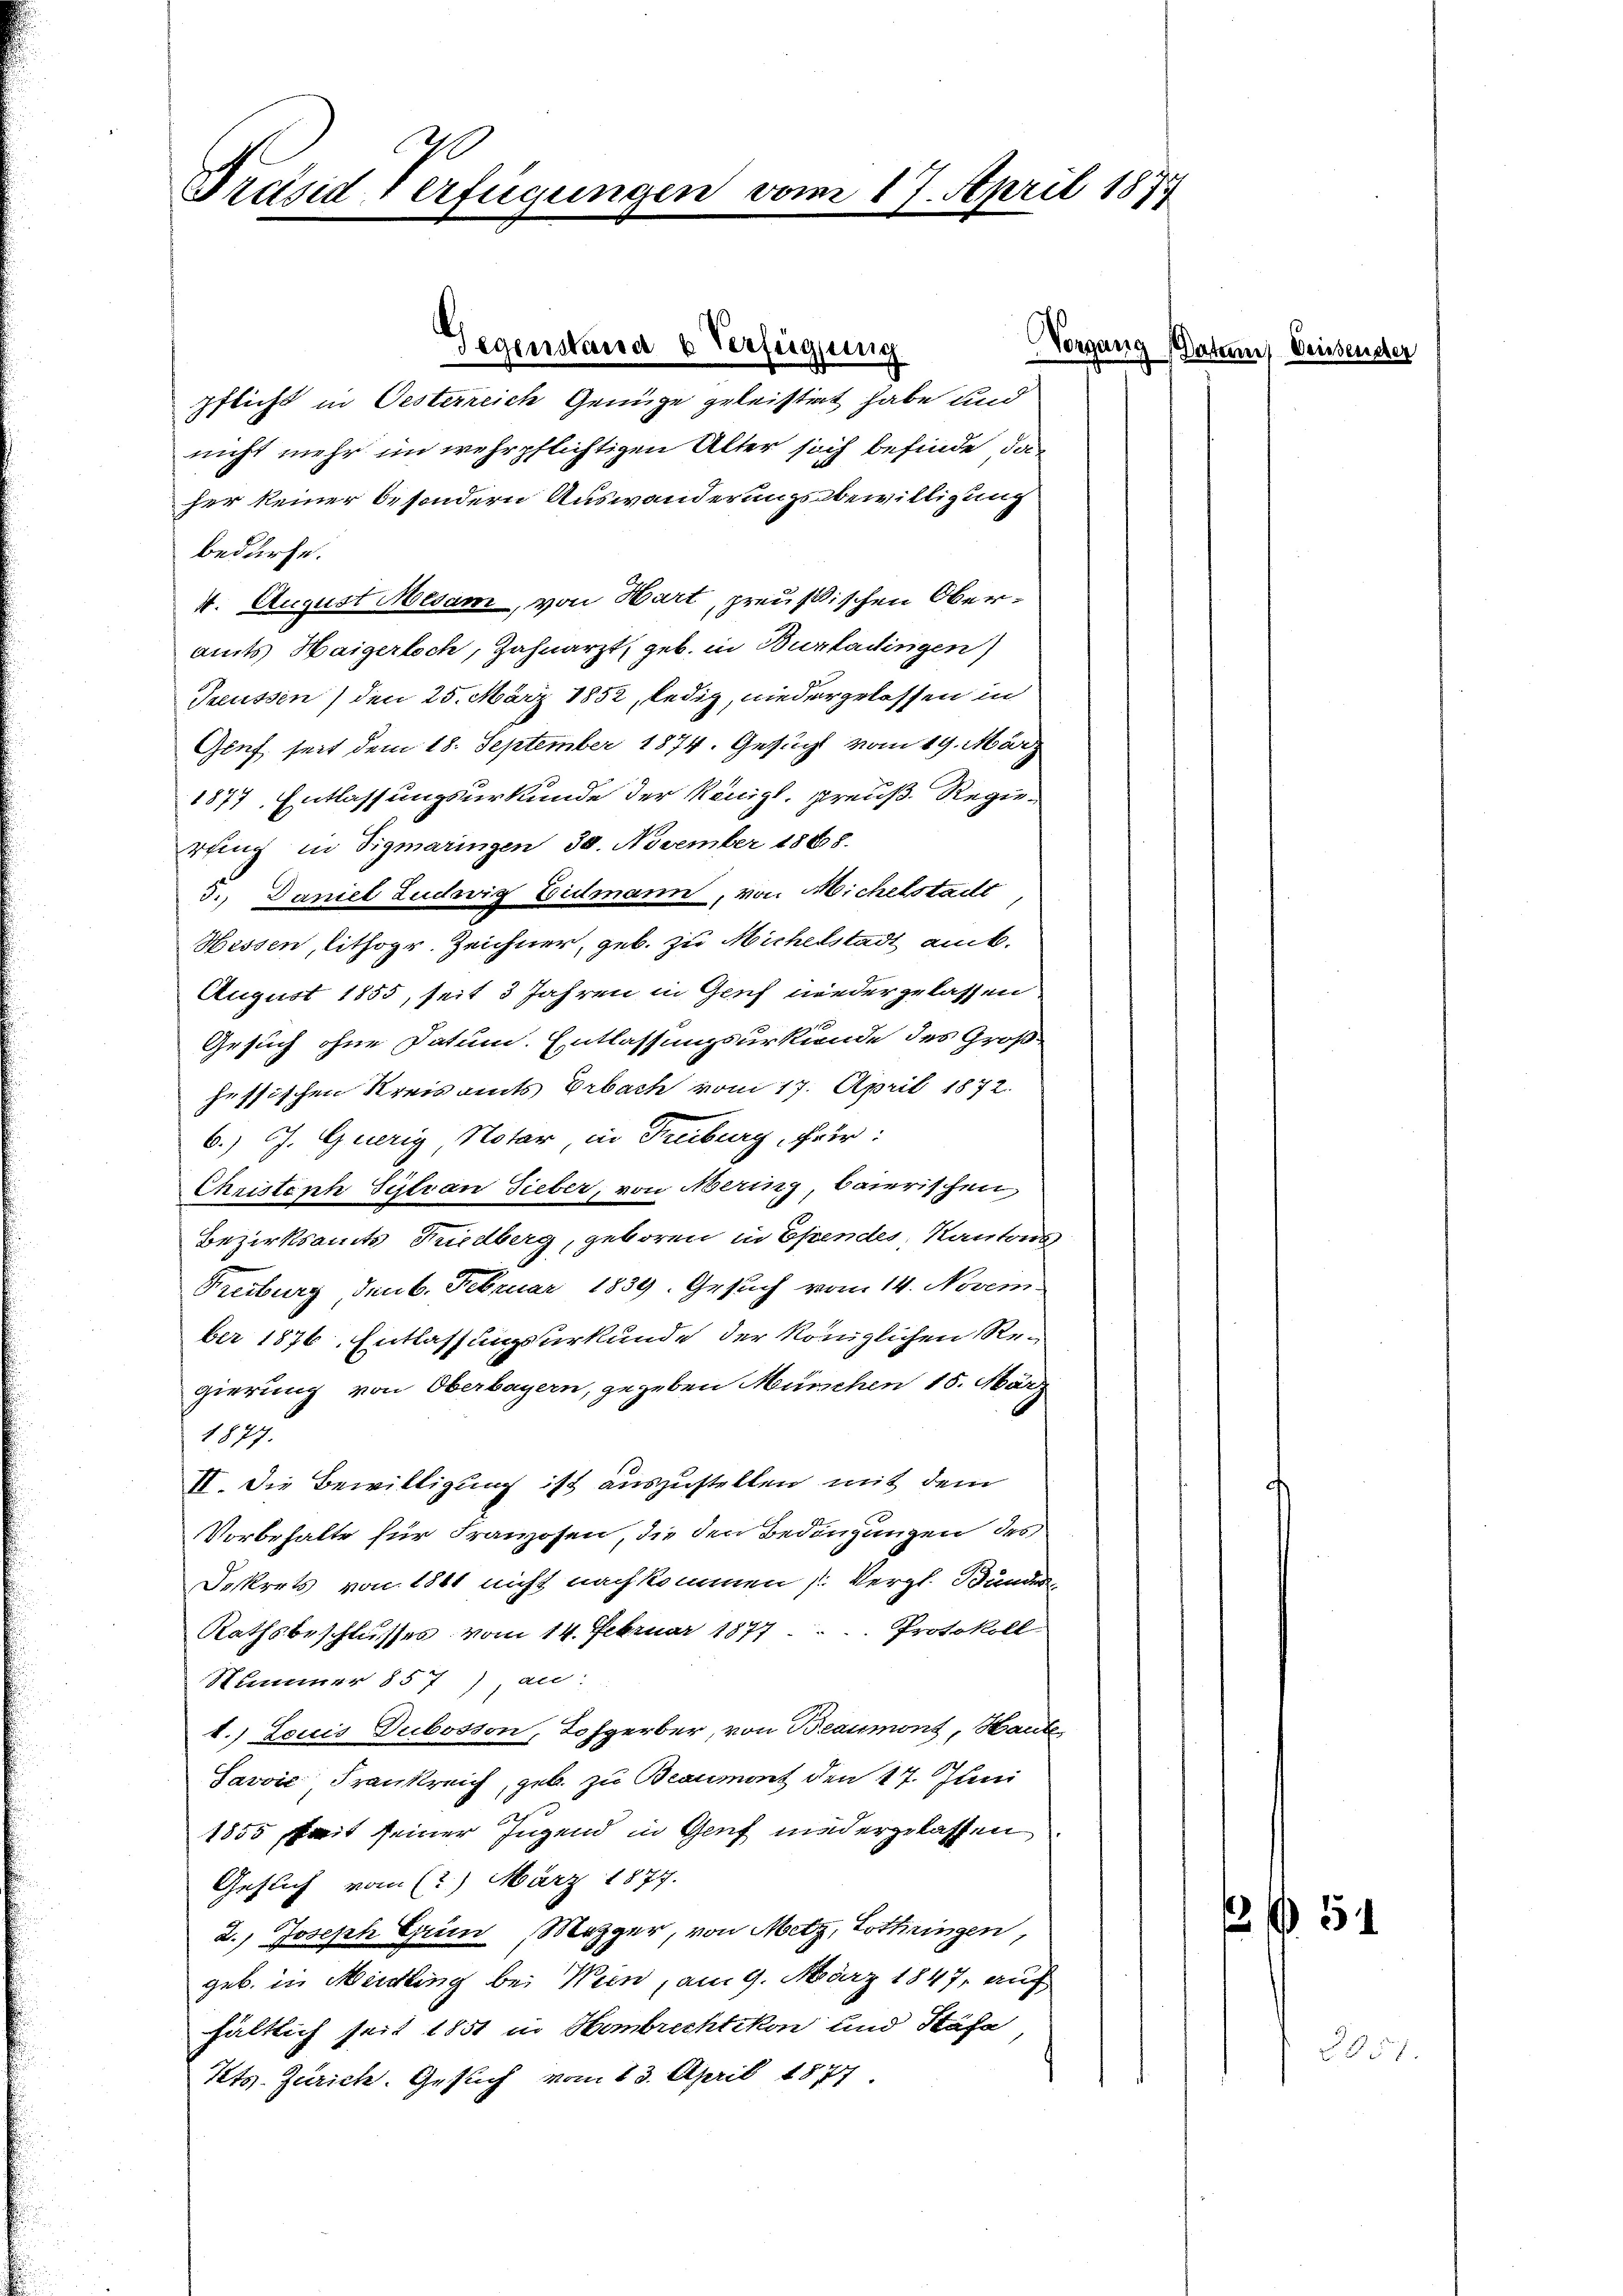
Präsid Verfügungen vom 17. April 1877

Pflicht in Oesterreich Genüge geleistet habe und
nicht mehr im wehrpflichtigen Alter sich befinde, das
her keiner besondern Auswanderungsbewilligung
bedürfe.
4. August Mesam, von Hart, preußischen Oberamts Haigerlich, Zahnarzt, geb. in Burladingen)
Saussen) den 25. März 1852, ledig, niedergelassen in
Gluf seit dem 18. September 1874. Gesuch vom 19. März
1877, Entlassungsurkunde der Königl. Preuß. Regierung in Sigmaringen 30. November 1868.
3.) Daniel Ludwig Eidmann, von Michelstadt
Hessen, lithogr. Zeichner, geb. zu Michelstadt amt.
August 1855, seit 3 Jahren in Geif wiedergelassen
Gesuch ohne Datum. Entlassungsurkunde des Großhessischen Kreisamts Erbach vom 17. April 1872.
6.) J. Guerig Notar in Freiburg, Feur:
Christoph Sylvan Gieber, von Mering baierischen,
Bezirksamts Friedberg, geboren in Ehendes, Kantons
Treiburg Jenb. Februar 1839. Gesuch vom 14. Novem-
ber 1876. Entlassungsurkunde der Königlichen Regierung von Oberbayern, gegeben München 15. März
1877.
II. Die Bewilligung ist auszustellen mit dem
Vorbehalte für Franzosen, die den Bedingungen des
Dekrets von 1861 nicht nachkommen (Vergl. Bundes
Rathsbeschlusses vom 14. Februar 1877 .... Protokoll
Summer 857 an:
1.) Louis Dubosson, Hofgerber, von Beaumont, Haute
Savvić Frankreich, geb. zu Beaumont den 17. Juni
1855 ait seiner Jugend in Genf niedergelassen
Geflich vom (?) März 1877.
2.) Joseph Grin, Mezger, von Metz, Lothringen,
geb. in Meidling bei Wien, am 9. März 1847, auf
hältlich seit 1851 in Hombrechtikon und Stäfa,
Kts. Zürich. Gesuch vom 23. April 1877.

Vorgang
Gegenstana u Verfügung

Daten Weissenscher

13 f 54

§851.